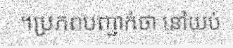
។ប្រភពបញ្ជាក់ថា នៅយប់